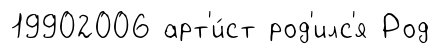
19902006 арт'и́ст род'илс'я Род